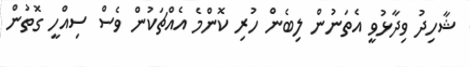
ޝާހިދު ވިދާޅުވީ އެތަނުން ލިބެން ހުރި ކޮންމެ އެއްޗަކުން ވެސް ސިއްހީ ގޮތުން